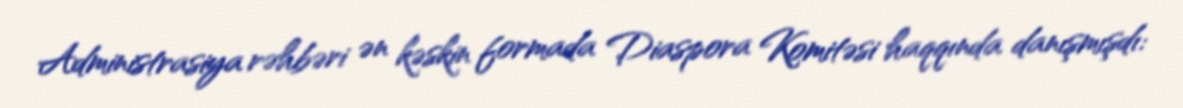
Administrasiya rəhbəri ən kəskin formada Diaspora Komitəsi haqqında danışmışdı: